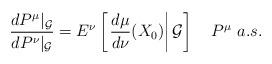
LaTeX: \begin{align*}\frac{dP^{\mu}|_{\mathcal{G}}}{dP^{\nu}|_{\mathcal{G}}}&=E^{\nu}\left[\left.\frac{d\mu}{d\nu}(X_{0})\right|\mathcal{G}\right]~~~P^{\mu}~a.s.\end{align*}